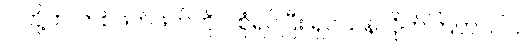
ငါတို့က တစ်ဖက်ဖက်ကိုပဲ စုံရပ်ပြီး ရှင်သန်လိုက်ကြတာပါပဲ။